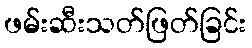
ဖမ်းဆီးသတ်ဖြတ်ခြင်း